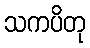
သကပိတု